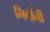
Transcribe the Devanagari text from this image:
मिचौंनी